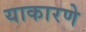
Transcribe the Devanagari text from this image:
याकारणे